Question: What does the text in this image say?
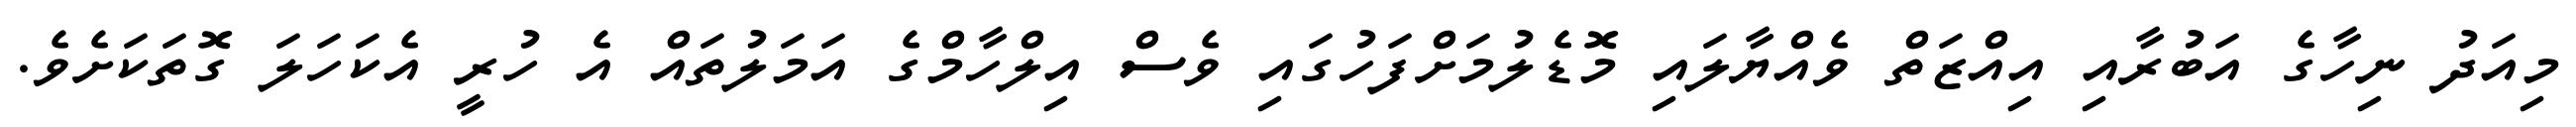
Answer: މިއަދު ނިހާގެ އަބުރާއި އިއްޒަތް ވެއްޔާލައި މޮޑެލުމަށްފަހުގައި ވެސް އިލްހާމްގެ އަމަލުތައް އެ ހުރީ އެކަހަލަ ގޮތަކަށެވެ.